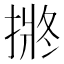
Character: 𭡯